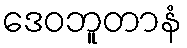
ဒေဝဘူတာနံ